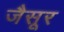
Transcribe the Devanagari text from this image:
जैसूर